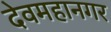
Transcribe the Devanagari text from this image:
देवमहानगर